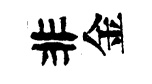
非金